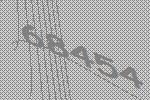
68454